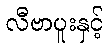
လီဗာပူးနှင့်